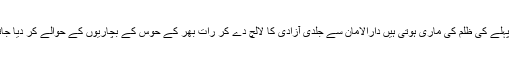
امن کی جگہ کو بے ضمیر لوگوں نے جسم فروشی کے اڈے بنا لیے ہیں بھولی لڑکیوں کو جو پہلے کی ظلم کی ماری ہوتی ہیں دارالامان سے جلدی آزادی کا لالچ دے کر رات بھر کے حوس کے بچاریوں کے حوالے کر دیا جاتا ہے جہاں وہ رات بھر مجبور بے کس لڑکیوں کو بھوکے کتوں کی طرح نوچتے رہتے ہیں۔